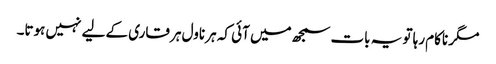
مگر ناکام رہا تو یہ بات سمجھ میں آئی کہ ہر ناول ہر قاری کے لیے نہیں ہوتا۔